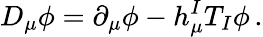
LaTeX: D_{\mu}\phi=\partial_{\mu}\phi-h_{\mu}^{I}T_{I}\phi\, .